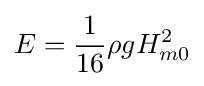
E={\frac {1}{16}}\rho gH_{m0}^{2}